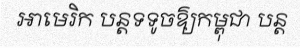
អាមេរិក បន្តទទូចឱ្យកម្ពុជា បន្ត